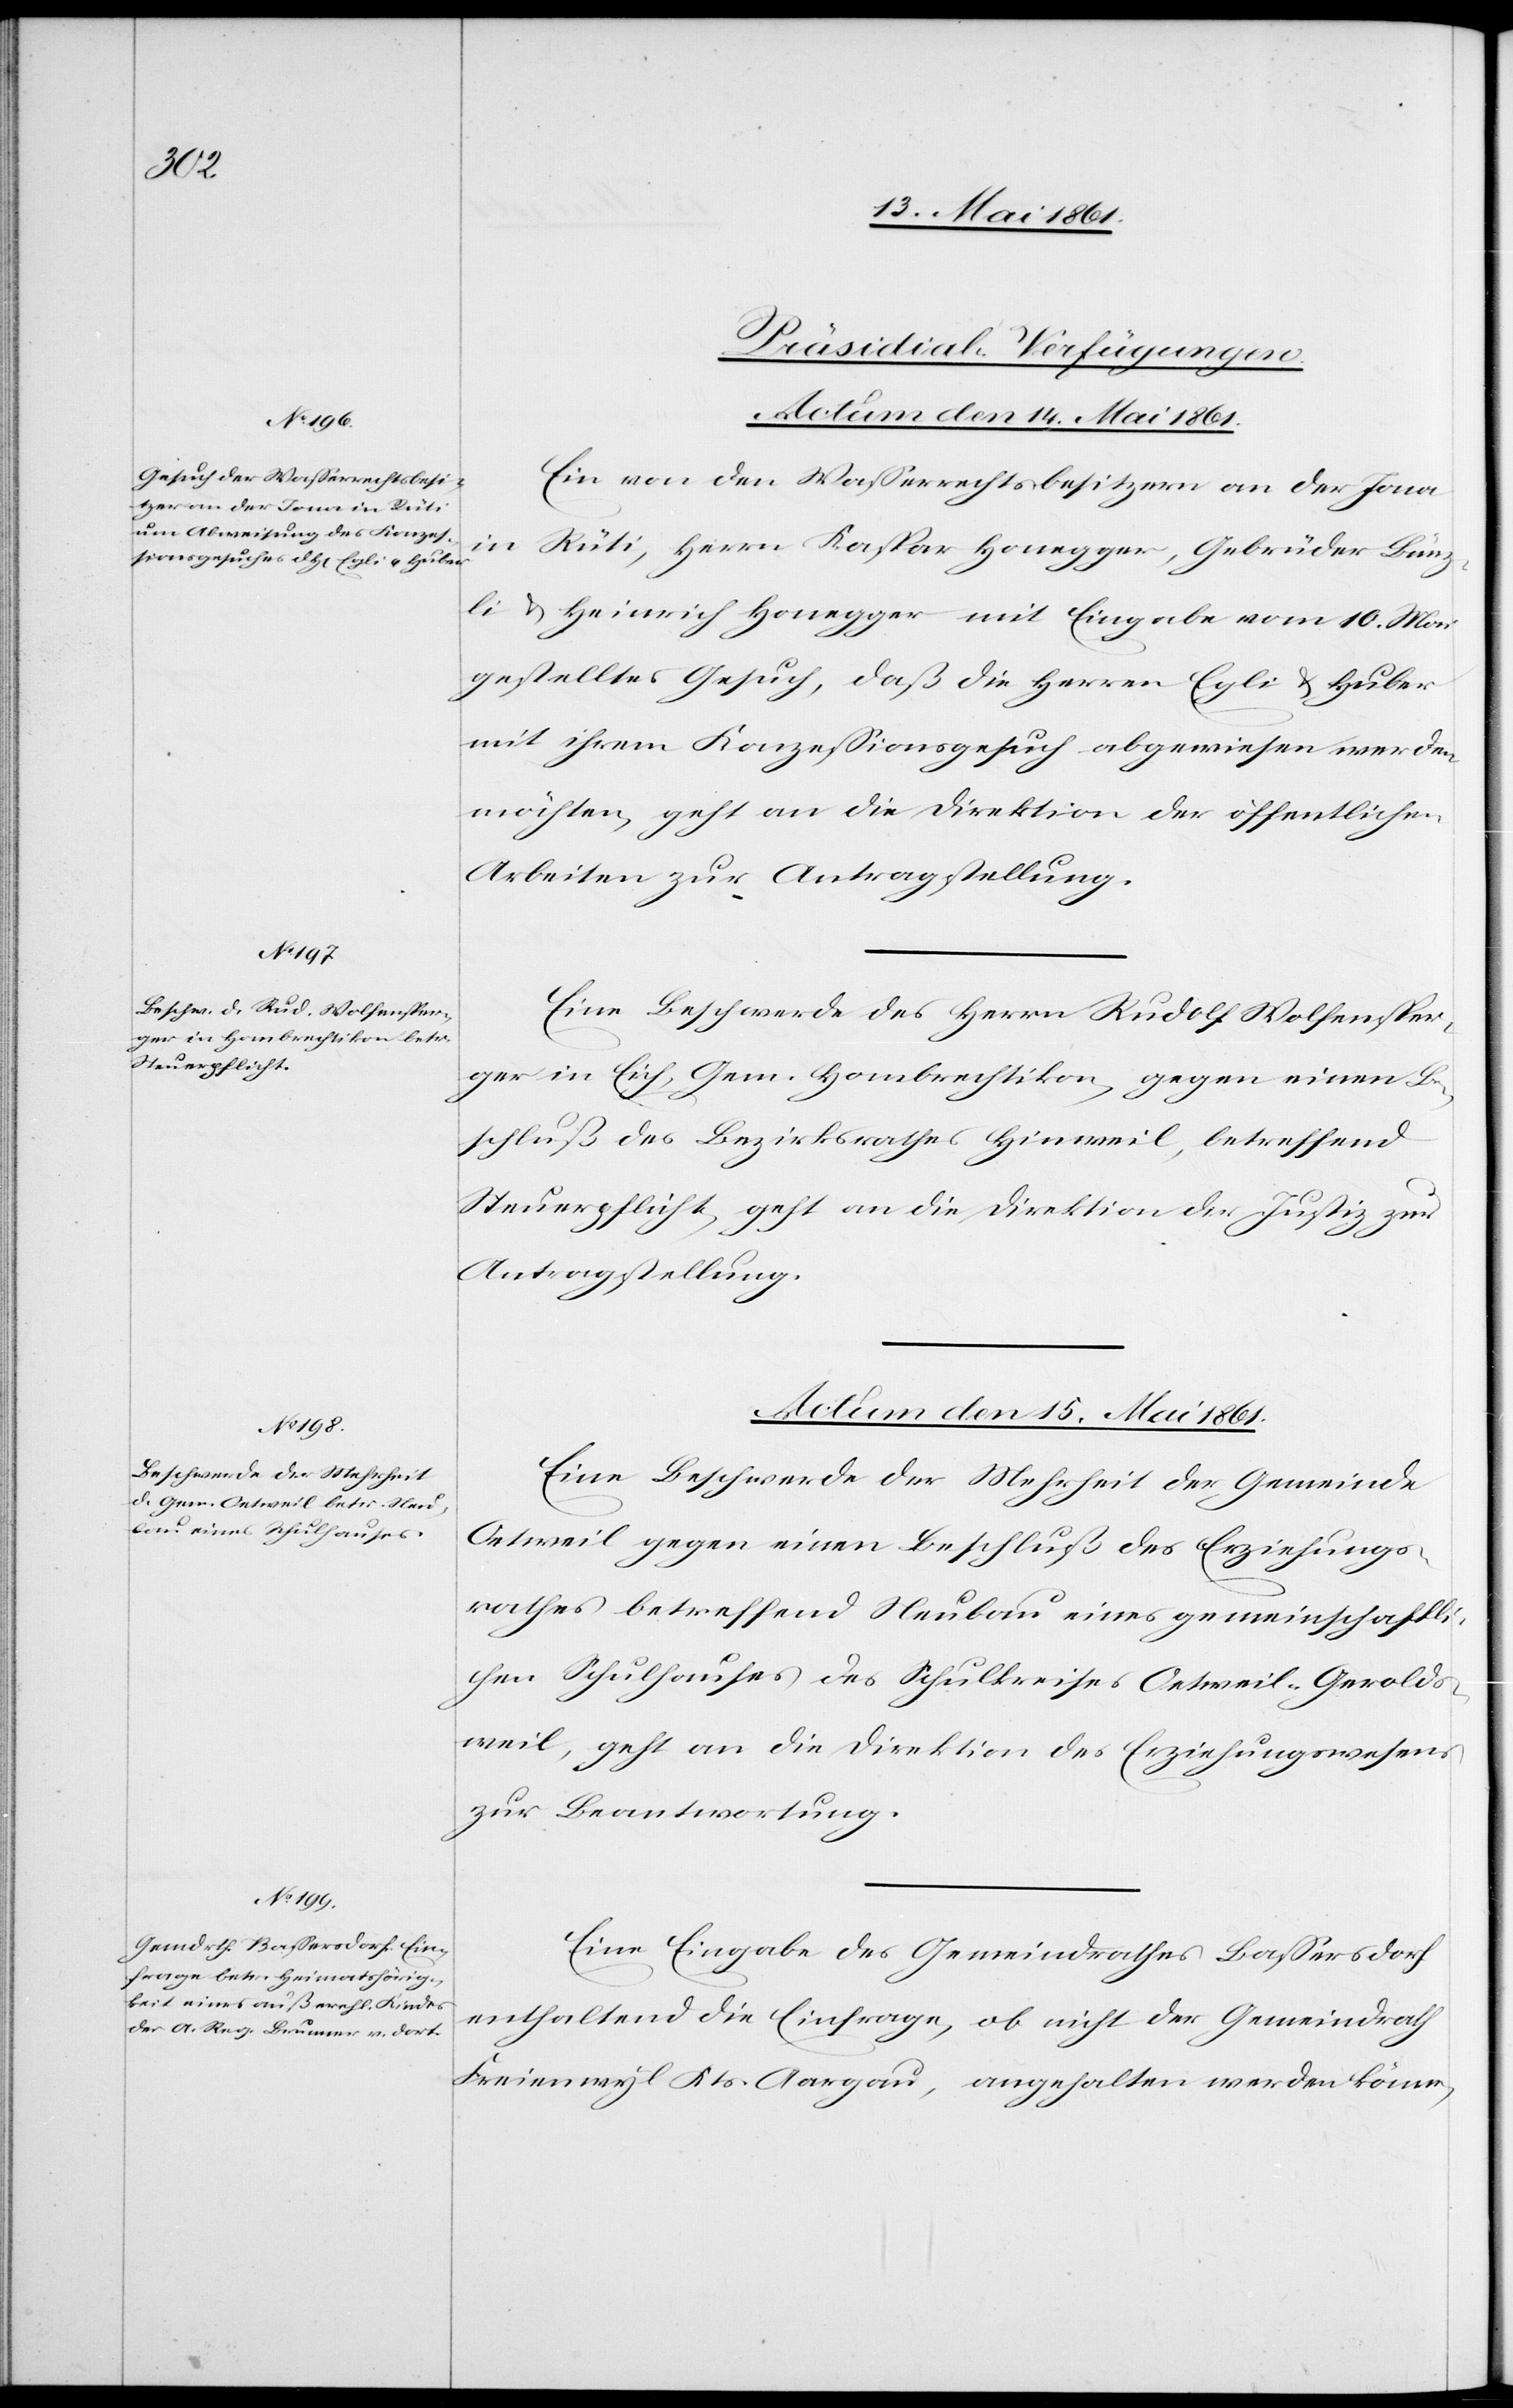
[Präsidial-Verfügungen.
Actum den 15. Mai 1861.]
Ein von den Wasserrechtsbesitzern an der Jona
in
Rüti, Herrn Kaspar Honegger, Gebrüder Bünz¬
li u. Heinrich Honegger mit Eingabe vom 10. Mai
gestelltes Gesuch, daß die Herren Egli u. Huber
mit ihrem Konzessionsgesuch abgewiesen werden
möchten, geht an die Direktion der öffentlichen
Arbeiten zur Antragstellung.
Eine Beschwerde des Herrn Rudolf Wolfensper¬
ger in Eich, Gem. Hombrechtikon, gegen einen Be¬
schluß des Bezirksrathes Hinweil, betreffend
Steuerpflicht geht an die Direktion der Justiz zur
Antragstellung.
Actum den 15. Mai 1861.
Eine Beschwerde der Mehrheit der Gemeinde
Oetweil gegen einen Beschluß des Erziehungs¬
rathes betreffend Neubau eines gemeindschaftli¬
chen Schulhauses des Schulkreises Oetweil-Gerolds¬
weil, geht an die Direktion des Erziehungswesens
zur Beantwortung.
Eine Eingabe des Gemeindrathes Bassersdorf
enthaltend die Einfrage, ob nicht der Gemeindrath
Freienwyl Kts. Aargau, angehalten werden könne,